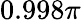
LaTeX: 0.998\pi